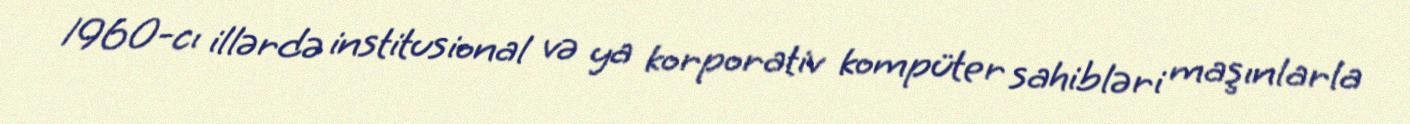
1960-cı illərdə institusional və ya korporativ kompüter sahibləri maşınlarla